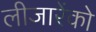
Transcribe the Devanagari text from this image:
लीजारेंको